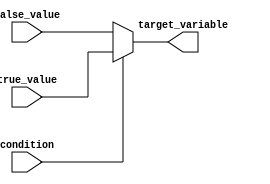
module conditional_assignment (
    input wire condition,       // Boolean condition input
    input wire [7:0] true_value,  // Value to assign if condition is true
    input wire [7:0] false_value, // Value to assign if condition is false
    output reg [7:0] target_variable // Target variable for assignment
);

    // Always block to evaluate condition and assign value
    always @(*) begin
        target_variable = condition ? true_value : false_value;
    end

endmodule